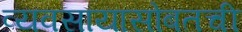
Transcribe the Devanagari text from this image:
व्यवसायासोबतची